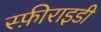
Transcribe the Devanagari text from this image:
स्फ़ीराइडी